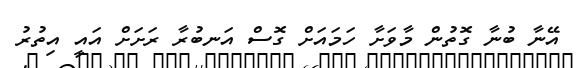
އޭނާ ބުނާ ގޮތުން މާވަށާ ހަމައަށް ގޮސް އަނބުރާ ރަށަށް އައީ އިތުރު